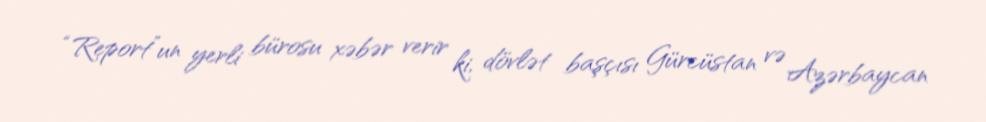
“Report”un yerli bürosu xəbər verir ki, dövlət başçısı Gürcüstan və Azərbaycan